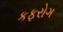
કફરોગ